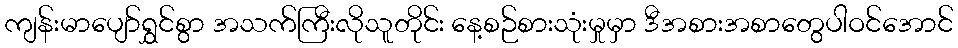
ကျန်းမာပျော်ရွှင်စွာ အသက်ကြီးလိုသူတိုင်း နေ့စဉ်စားသုံးမှုမှာ ဒီအစားအစာတွေပါဝင်အောင်